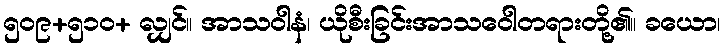
၅၀၉+၅၁၀+ လျှင်။ အာသဝါနံ၊ ယိုစီးခြင်းအာသဝေါတရားတို့၏။ ခယော၊